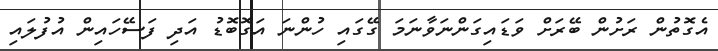
އެގޮތުން ރަށުން ބޭރަށް ވަޑައިގަންނަވާނަމަ ގޭގައި ހުންނަ އަގޮބޮޑު އަދި ފަސޭހައިން އުފުލައި